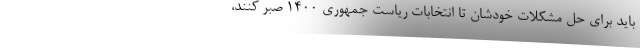
باید برای حل مشکلات خودشان تا انتخابات ریاست جمهوری 1400 صبر کنند،